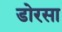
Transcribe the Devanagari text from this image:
डोरसा